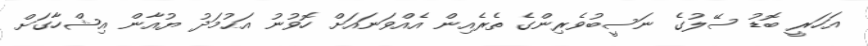
އަހަރީ ބޮޑު ސޭލުގެ ނަސީބުވެރިންގެ ތެރެއިން އެއްވަނައަށް ހޮވުނު އަޙުމަދު ޔުއާން އިޝްހާގަށް